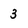
Character: 3